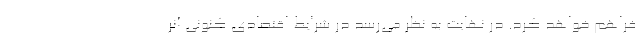
فراهم خواهد کرد. در نهایت به نظر می‌رسد در شرایط اقتصادی کنونی آنر